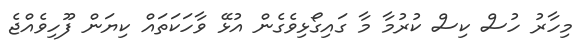
މިހާރު ހުސް ކިސް ކުރުމާ މާ ގައިގޯޅިވެގެން އުޅޭ ވާހަކަތައް ކިޔަން ފޫހިވެއްޖެ